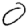
Digit: 0